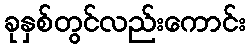
ခုနှစ်တွင်လည်းကောင်း